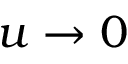
u \rightarrow 0